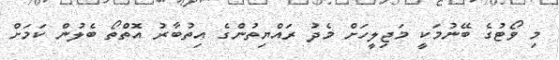
މި ވޯޓުގެ ބޭނުމަކީ މަޖިލީހަށް މެދު ރައްޔިތުންގެ އިތުބާރު އޮތްތޯ ބެލުން ކަމަށް